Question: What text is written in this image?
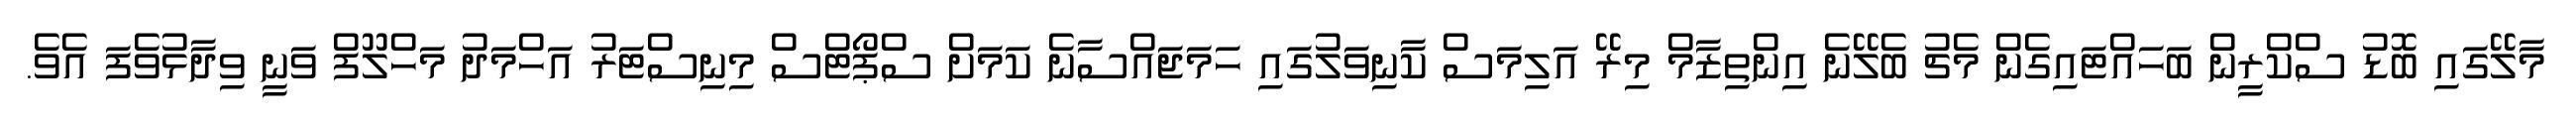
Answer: މާލޭގައި ބޮޑު ސްކްރީން ބަހައްޓައިގެން މެޗު ބެލޭނެ އިންތިޒާމް މިރޭ އަލިމަސް ކާނިވަލުގައި ހަމަޖައްސާނެ ކަމަށް ސްޕޯޓްސް މިނިސްޓަރު އަހްމަދު މަހްލޫފް ވަނީ ވިދާޅުވެފަ އެވެ.